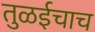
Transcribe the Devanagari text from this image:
तुळईचाच